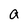
Character: a